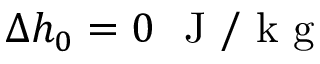
\Delta h _ { 0 } = 0 ~ \mathrm { ~ J ~ / ~ k ~ g ~ }